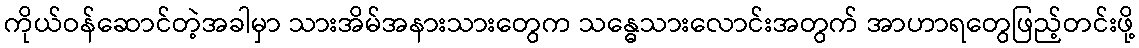
ကိုယ်ဝန်ဆောင်တဲ့အခါမှာ သားအိမ်အနားသားတွေက သန္ဓေသားလောင်းအတွက် အာဟာရတွေဖြည့်တင်းဖို့